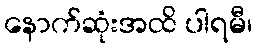
နောက်ဆုံးအထိ ပါရမီ၊